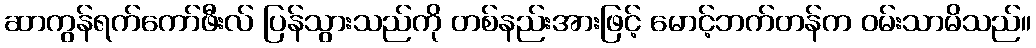
ဆာကွန်ရက်ကော်ဖီးလ် ပြန်သွားသည်ကို တစ်နည်းအားဖြင့် မောင့်ဘက်တန်က ဝမ်းသာမိသည်။